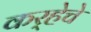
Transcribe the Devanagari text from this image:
कर्‍हेचे